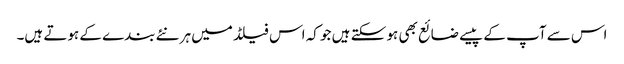
اس سے آپ کے پیسے ضائع بھی ہو سکتے ہیں جو کہ اس فیلڈ میں ہر نئے بندے کے ہوتے ہیں۔